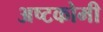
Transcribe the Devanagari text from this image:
अष्टकोमी